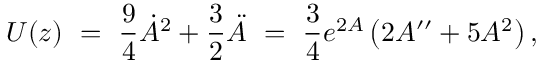
U ( z ) \ = \ \frac { 9 } { 4 } \dot { A } ^ { 2 } + \frac { 3 } { 2 } \ddot { A } \ = \ \frac { 3 } { 4 } e ^ { 2 A } \left( 2 A ^ { \prime \prime } + 5 A ^ { 2 } \right) ,